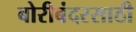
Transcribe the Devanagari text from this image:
बोरीबंदरसाठी